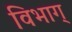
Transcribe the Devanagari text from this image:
विभाग्